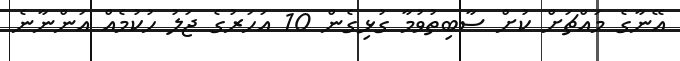
އޭނާގެ މައްޗަށް ކުށް ސާބިތުވުމާ ގުޅިގެން 10 އަހަރުގެ ޖަލު ހުކުމެއް އަންނާނެ